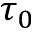
\tau _ { 0 }